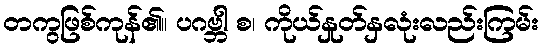
တကွဖြစ်ကုန်၏။ ပဂဗ္ဘါ စ၊ ကိုယ်နှုတ်နှလုံးလည်းကြမ်း